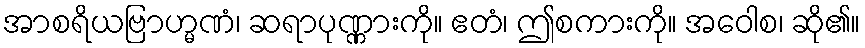
အာစရိယဗြာဟ္မဏံ၊ ဆရာပုဏ္ဏားကို။ ဧတံ၊ ဤစကားကို။ အဝေါစ၊ ဆို၏။